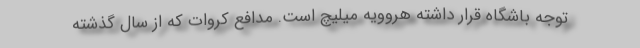
توجه باشگاه قرار داشته هروویه میلیچ است. مدافع کروات که از سال گذشته